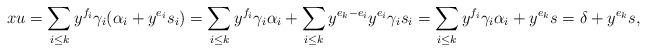
LaTeX: \begin{align*} xu = \sum_{i \leq k} y^{f_i} \gamma_i (\alpha_i + y^{e_i} s_i) = \sum_{i \leq k} y^{f_i} \gamma_i \alpha_i + \sum_{i \leq k} y^{e_k - e_i} y^{e_i} \gamma_i s_i = \sum_{i \leq k} y^{f_i} \gamma_i \alpha_i + y^{e_k} s = \delta + y^{e_k} s,\end{align*}